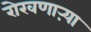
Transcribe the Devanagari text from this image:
रोखणाऱ्या